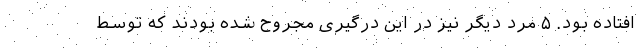
افتاده بود. ۵ مرد دیگر نیز در این درگیری مجروح شده بودند که توسط